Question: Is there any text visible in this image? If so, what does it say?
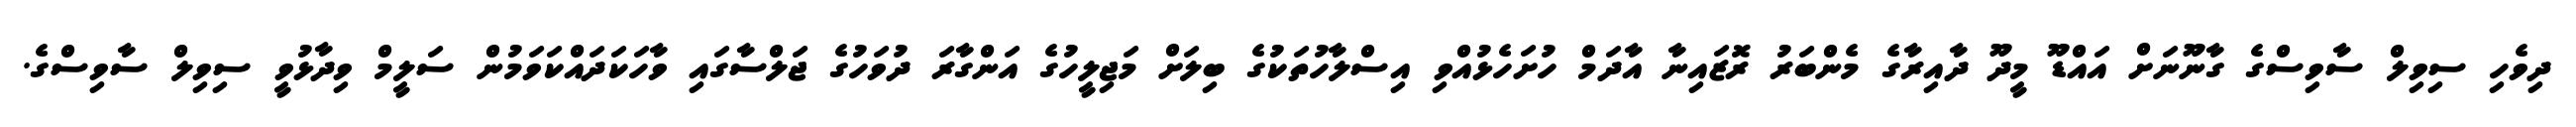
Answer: ދިވެހި ސިވިލް ސާވިސްގެ ގާނޫނަށް އައްޑޫ މީދޫ ދާއިރާގެ މެންބަރު ރޮޒައިނާ އާދަމް ހުށަހެޅުއްވި އިސްލާހުތަކުގެ ބިލަށް މަޖިލީހުގެ އަންގާރަ ދުވަހުގެ ޖަލްސާގައި ވާހަކަދައްކަވަމުން ސަލީމް ވިދާޅުވީ ސިވިލް ސާވިސްގެ.